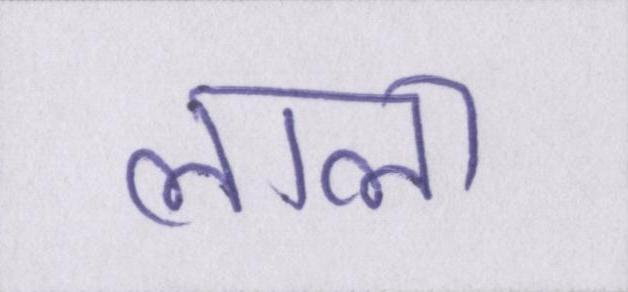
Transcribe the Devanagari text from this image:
लाला